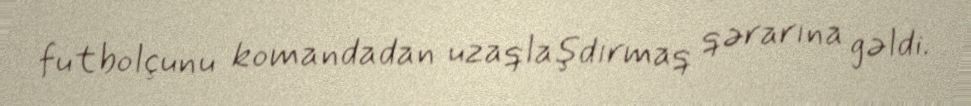
futbolçunu komandadan uzaqlaşdırmaq qərarına gəldi.